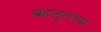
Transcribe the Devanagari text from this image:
बहलूलच्या